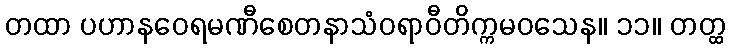
တထာ ပဟာနဝေရမဏီစေတနာသံဝရာဝီတိက္ကမဝသေန။ ၁၁။ တတ္ထ